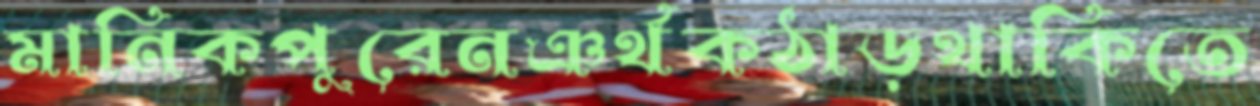
মানিকপুরেনঞর্থকঠাড়থাকিতে